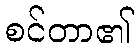
စင်တာ၏